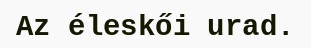
Az éleskői urad.